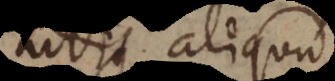
addit aliquid